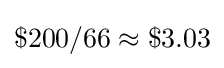
\$200/66\approx \$3.03